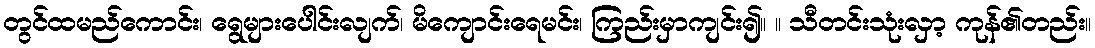
တွင်ထမည်ကောင်း၊ ရွေများပေါင်းလျက်၊ မိကျောင်းရေမင်း၊ ကြည်းမှာကျင်း၍။ ။ သီတင်းသုံးလှာ့ ကုန်၏တည်း။